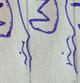
Signature authenticity: genuine